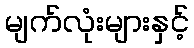
မျက်လုံးများနှင့်